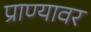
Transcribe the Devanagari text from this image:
प्राण्यावर